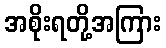
အစိုးရတို့အကြား